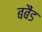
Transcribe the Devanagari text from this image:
बबैंड